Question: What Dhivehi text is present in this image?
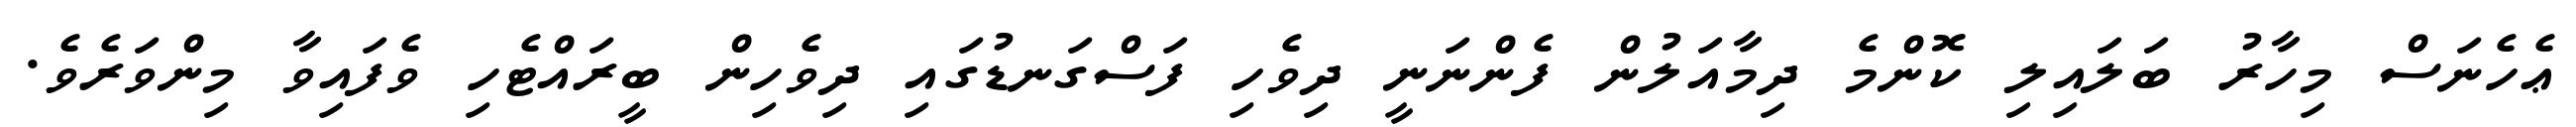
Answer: ޢެހެނަސް މިހާރު ބަލައިލި ކޮންމެ ދިމާއަލުން ފެންނަނީ ދިވެހި ފަސްގަނޑުގައި ދިވެހިން ބީރައްޓެހި ވެފައިވާ މިންވަރެވެ.